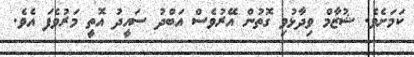
ކަމަށެވެ. ޝުޒާމް ވިދާޅުވި ގޮތުން އޭރުވެސް އަބްދު ސައީދު އޮތީ މަރުވެފަ އެވެ.